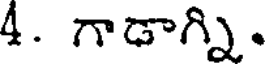
4. గాడాగ్ని.